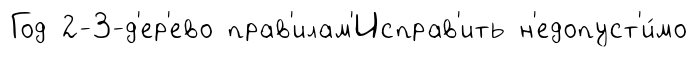
Год 2-3-д'ер'ево прав'илам'Исправ'ить н'едопуст'и́мо